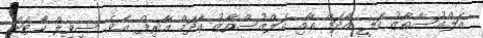
އަލްއުސްތާޒު އަލީ އާދަމް އާއި އަލްއުސްތާޒު އާދަމް އާރިފް އެވެ. ސިވިލް ކޯޓަށް